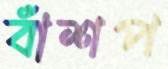
বাঁশপ